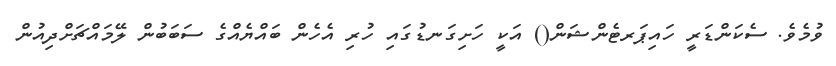
ވުމެވެ. ސެކަންޑަރީ ހައިޕަރޓެންޝަން() އަކީ ހަށިގަނޑުގައި ހުރި އެހެން ބައްޔެއްގެ ސަބަބުން ލޭމައްޗަށްދިއުން